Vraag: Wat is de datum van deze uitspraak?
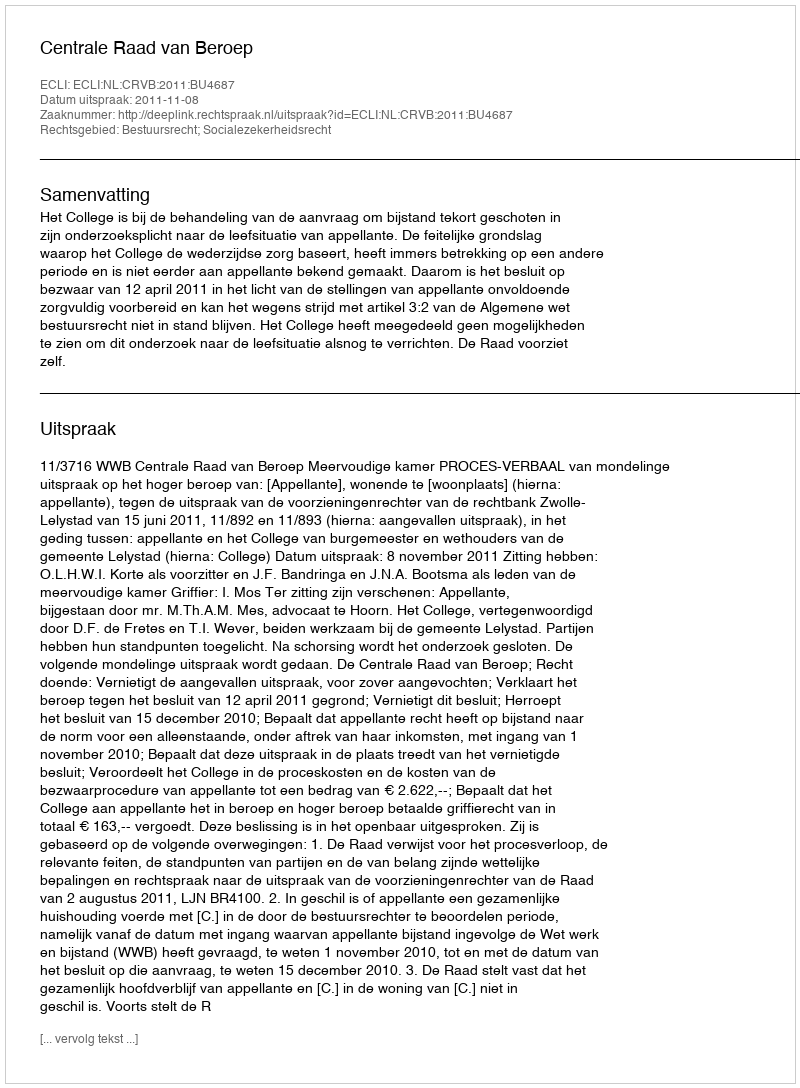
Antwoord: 2011-11-08